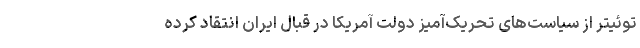
توئیتر از سیاست‌های تحریک‌آمیز دولت آمریکا در قبال ایران انتقاد کرده